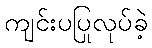
ကျင်းပပြုလုပ်ခဲ့